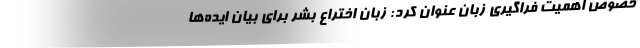
خصوص اهمیت فراگیری زبان عنوان کرد: زبان اختراع بشر برای بیان ایده‌ها